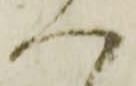
ハ